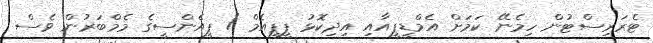
ޓެރަރިސްޓުން ހިމެނޭ ކަމަށް އެމްޑީޕީއާއި އިދިކޮޅު ޕީޕީއެމް / ޕީއެންސީގެ މެމްބަރުން ވެސް